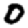
Digit: 0